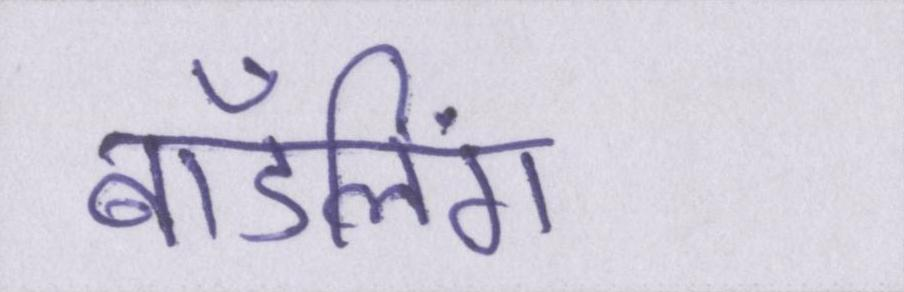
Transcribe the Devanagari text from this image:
बॉडलिंग